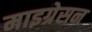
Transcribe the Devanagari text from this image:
माइग्रेसन